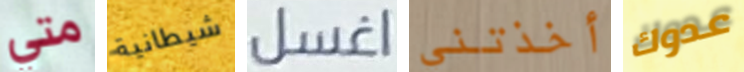
متي شيطانية اغسل أخذتني عدوك